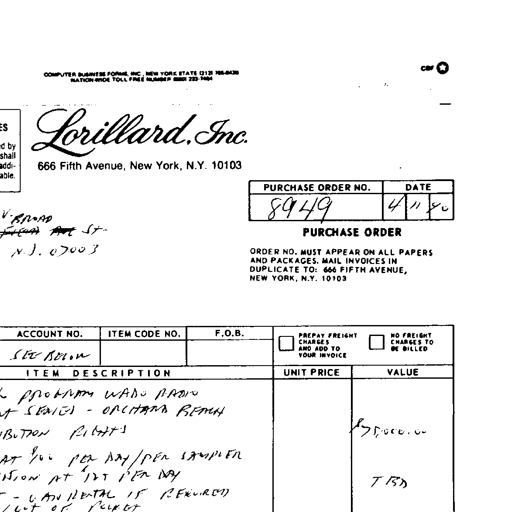
COMPUTER BUSINESS FORMS, INC. NEW YORK STATE (212) 765-8430
NATION-WIDE TOLL FREE NUMBER (800) 223-1484

Lorillard, Inc.
666 Fifth Avenue, New York, N.Y. 10103

PURCHASE ORDER NO. 8949 DATE 4/11/80

V. BROAD
ST.
N.J. 07003

PURCHASE ORDER
ORDER NO. MUST APPEAR ON ALL PAPERS
AND PACKAGES. MAIL INVOICES IN
DUPLICATE TO: 666 FIFTH AVENUE,
NEW YORK, N.Y. 10103

ACCOUNT NO. SEE BELOW ITEM CODE NO. F.O.B.

PREPAY FREIGHT CHARGES AND ADD TO YOUR INVOICE
NO FREIGHT CHARGES TO BE BILLED

ITEM DESCRIPTION UNIT PRICE VALUE

PROGRAM WADO RADIO
SERIES - ORCHARD BEACH
RIGHTS
AT 100 PER DAY / PER SAMPLER
AT 125 PER DAY
- VAN RENTAL IF REQUIRED
OUT OF POCKET

$5,000.00
TBD